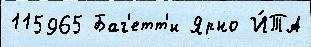
115965 Баг'етт'и Ярно И́ТА